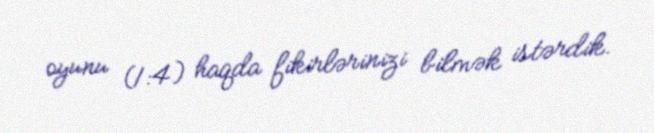
oyunu (1:4) haqda fikirlərinizi bilmək istərdik.